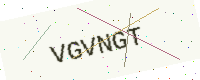
Text: VGVNGT